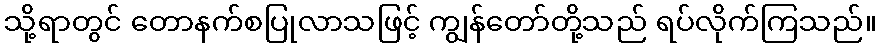
သို့ရာတွင် တောနက်စပြုလာသဖြင့် ကျွန်တော်တို့သည် ရပ်လိုက်ကြသည်။